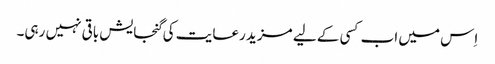
اِس میں اب کسی کے لیے مزید رعایت کی گنجایش باقی نہیں رہی۔